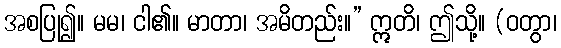
အစပြု၍။ မမ၊ ငါ၏။ မာတာ၊ အမိတည်း။” ဣတိ၊ ဤသို့။ (ဝတွာ၊